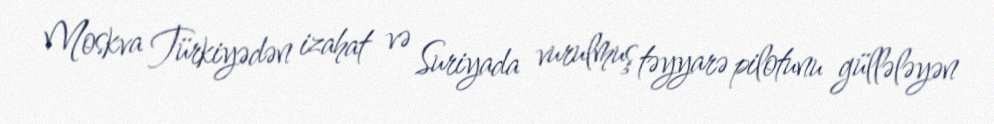
Moskva Türkiyədən izahat və Suriyada vurulmuş təyyarə pilotunu güllələyən